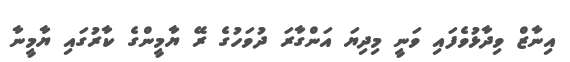
އިނާޒް ވިދާޅުވެފައި ވަނީ މިދިޔަ އަންގާރަ ދުވަހުގެ ރޭ ޔާމީންގެ ކާރުގައި ޔާމީނާ